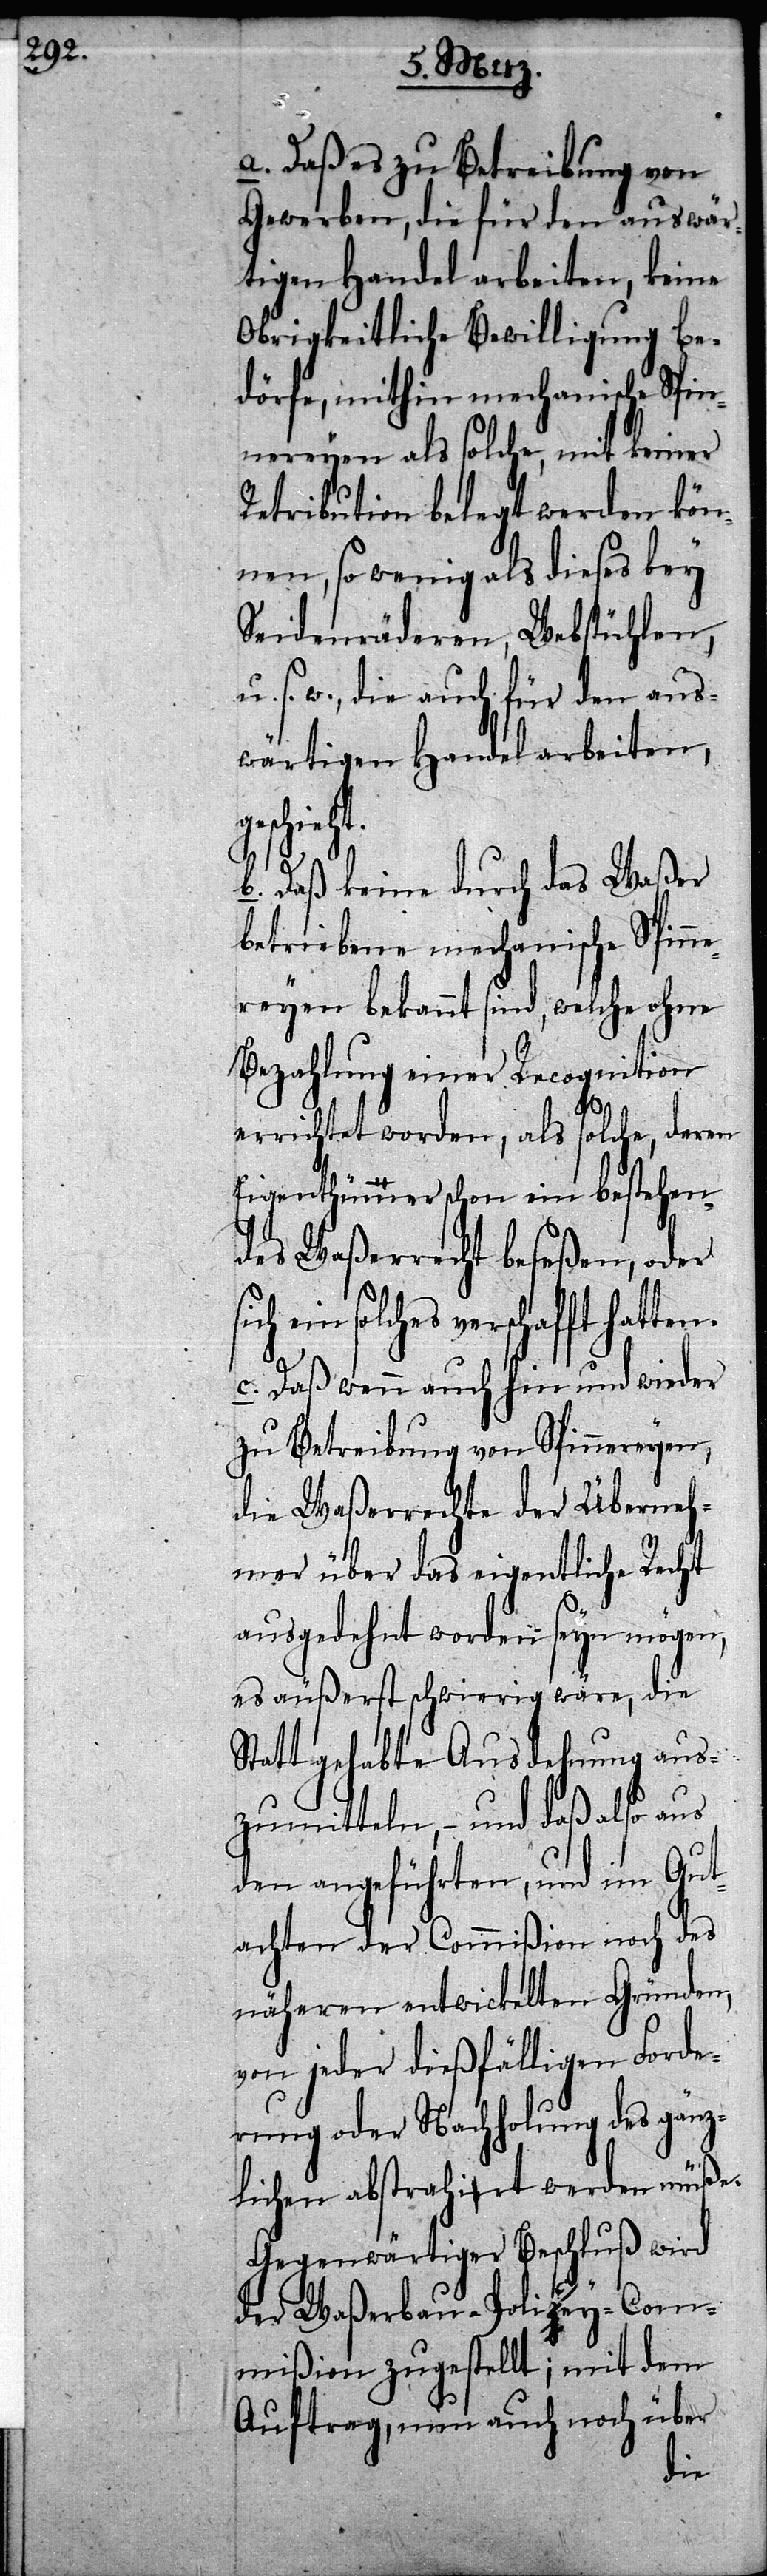
a. Daß es zu Betreibung von
Gewerben, die für den auswär¬
tigen Handel arbeiten, keine
Obrigkeitliche Bewilligung be¬
dörfe, mithin mechanische Spin¬
nereyen als solche, mit keiner
Retribution belegt werden kön¬
nen, so wenig als dieses bey
Seidenräderen, Webstühlen,
s. w., die auch für den aus¬
wärtigen Handel arbeiten,
ieht.
b. Daß keine durch das Waßer
betriebene mechanische Spinne¬
reyen bekannt sind, welche ohne
Bezahlung einer Recognition
errichtet worden, als solche, deren
Eigenthüma-m-aer schon ein bestehen¬
des Waßerrecht beseßen, oder
ein solches verschafft
c. Daß wenn auch hin und wieder
zu Betreibung von Spinnereyen,
die Waßerrechte der Überneh¬
mer über das eigentliche Recht
ausgedehnt worden seyn mögen,
es äußerst schwierig wäre, die
Statt gehabte Ausdehnung aus¬
zumitteln, – und daß also aus
den angeführten, und im Gut¬
achten der Commißion noch des
näheren entwickelten Gründen,
von jeder dießfälligen Forde¬
rung oder Nachholung des gänz¬
lichen abstrahia-e-art werden müße.
Gegenwärtiger Beschluß wird
der Waßerbau-Polia-z-acey-C¬
ommißion zugestellt; mit dem
Auftrag, nun auch noch über